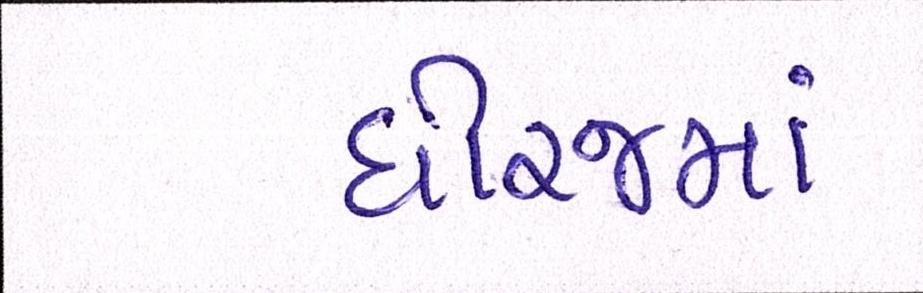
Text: ધીરજમાં